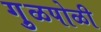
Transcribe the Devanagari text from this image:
गु़ळपोळी